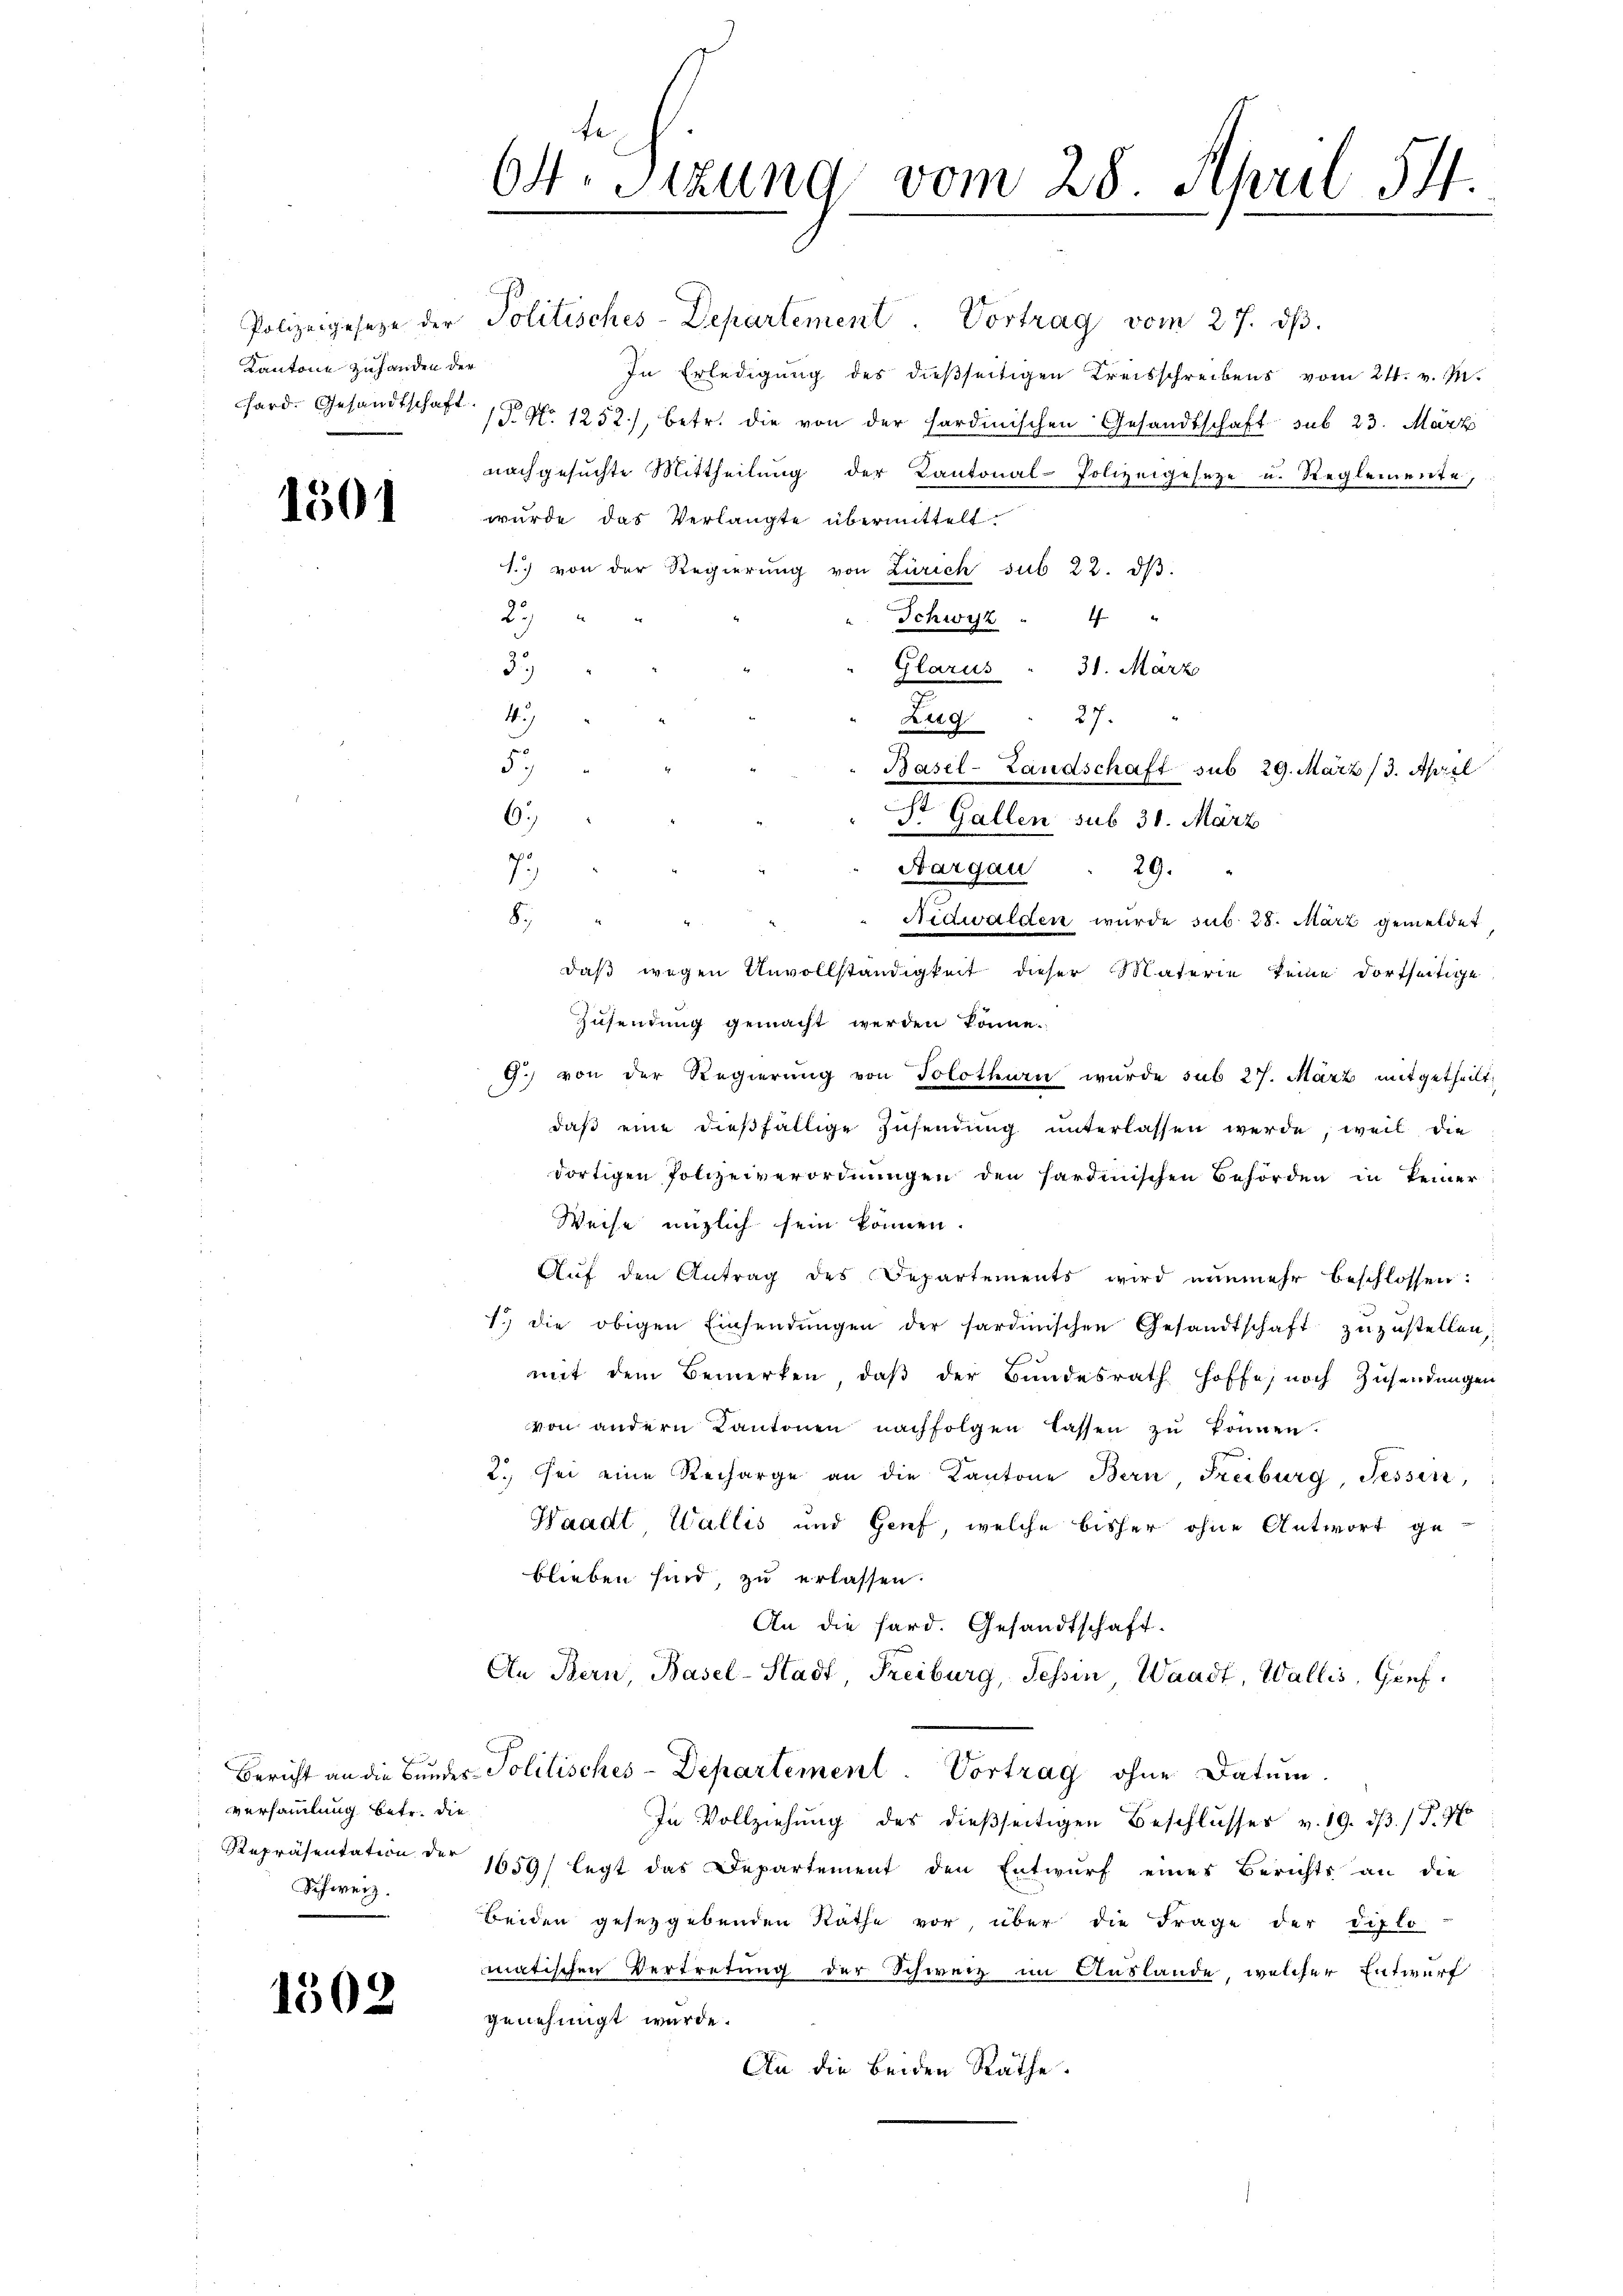
Kantone zuhanden der

1501

versammlung betr. die
Schweiz.

1302

te
64. Sitzung vom 28. April 14.

Polizeigeseze der Politisches-Departement. Vortrag vom 27. dβ.
In Erledigung des dießseitigen Kreisschreibens vom 24. v. M.
hard. Gesandtschaft No. 1252), betr. die von der sardinischen Gesandtschaft sub 23. März
nachgesŭchte Mittheilŭng der Kantonal-Polizeigesetze u. Reglemente
wurde das Verlangte übermittelt.
1.) von der Regierŭng von Zürich sub 22. dβ.
27
h
Schwyz
33
Glarus " 31. März
4
Zug: 27.
5
6.)
St. Gallen sub 31. März
.
29.
8.
Nidwalden wurde sub 28. März gemeldet
daß wegen Unvollständigkeit dieser Materie keine dortseitige
Zusendung gemacht werden könne.
G.) von der Regierung von Solothurn wurde sub 27. März mitgetheilt,
daß eine dießfällige Zusendung unterlassen werde, weil die
dortigen Polizeiverordnungen den sardinischen Behörden in keiner
Weise mütlich sein können.
Aŭf den Antrag des Departements wird nunmehr beschlossen:
1.) die obigen Einsendŭngen der sardinischen Gesandtschaft zŭzŭstellen,
mit dem Bemerken, daß der Bundesrath hoffe, noch Zusendungen
von andern Kantonen nachfolgen lassen zŭ können.
2. Sei eine Recharge an die Kantone Bern Freiburg Tessin,
Waadt Wallis und Genf, welche bisher ohne Antwort ge-
blieben sind, zu erlassen.
An die hard. Gesandtschaft.
An Bern, Basel-Stadt, Freiburg, Tessin, Waadt, Wallis, Gref¬
Bericht an die Bundes-Politisches-Departement. Vortrag ohne Datum.
In Vollziehung des dießseitigen Beschlusses v. 19. dβ. / P. 7
Repräsentation der 1659/ legt das Departement den Entwurf eines Berichts an die
Beiden gesetzgebenden Räthe vor, über die Frage der Diplo
matischen Vertretung der Schweiz im Auslande, welcher Entwurf
genehmigt wurde.
An die beiden Räthe.

Aargau

Basel-Landschaft sub 29. März (3. April